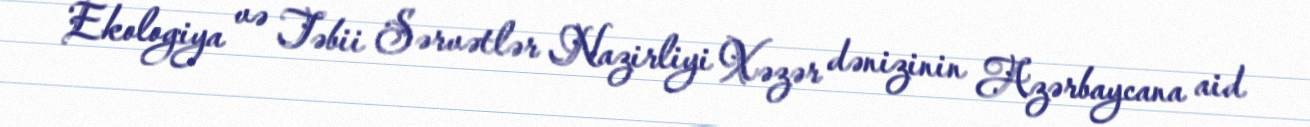
Ekologiya və Təbii Sərvətlər Nazirliyi Xəzər dənizinin Azərbaycana aid